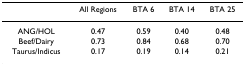
|  | All Regions | BTA 6 | BTA 14 | BTA 25 |
 | --- | --- | --- | --- | --- |
 | ANG/HOL | 0.47 | 0.59 | 0.40 | 0.48 |
 | Beef/Dairy | 0.73 | 0.84 | 0.68 | 0.70 |
 | Taurus/Indicus | 0.17 | 0.19 | 0.14 | 0.21 |